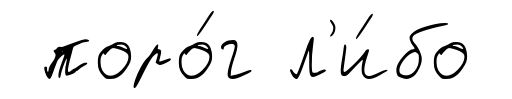
поро́г л'и́бо